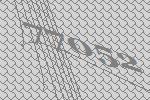
77052